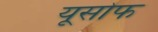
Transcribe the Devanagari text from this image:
यूसोफ